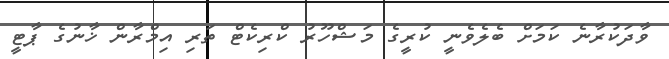
ވާދަކުރާނެ ކަމަށް ބެލެވެނީ ކުރީގެ މަޝްހޫރު ކްރިކެޓް ތަރި އިމްރާން ޚާނުގެ ޕާޓީ